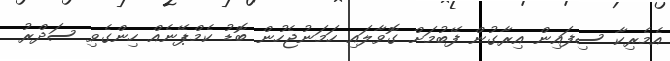
އެމެރިކާ ސިފައިން އިރާގުން ފޭބުމަށް ގޮވާލައި ހަމަނުޖެހުން ބޮޑު ކެމްޕޭނެއް ހިންގެވި ސަދްރު